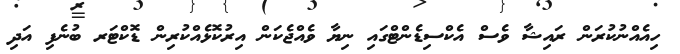
ހިއެއްނުކުރަން ރައިޝާ ވެސް އެކްސިޑެންޓްގައި ނިޔާ ވެއްޖެކަން އިރުކޮޅެއްކުރިން ޑޮކްޓަރ ބުނެފި އަދި